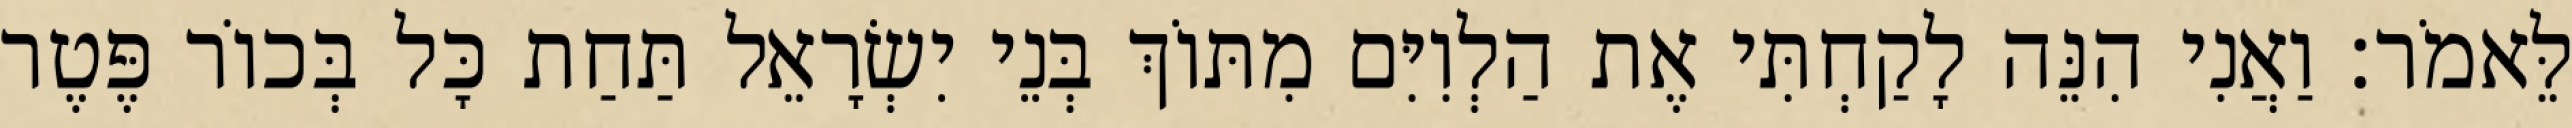
לֵּאמֹר׃ וַאֲנִי הִנֵּה לָקַחְתִּי אֶת הַלְוִיִּם מִתּוֹךְ בְּנֵי יִשְׂרָאֵל תַּחַת כָּל בְּכוֹר פֶּטֶר